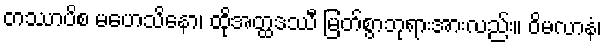
တဿာပိစ မဟေသိနော၊ ထိုအတ္ထဒဿီ မြတ်စွာဘုရားအားလည်း။ ဝိမလာနံ၊